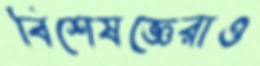
বিশেষজ্ঞেরাও